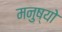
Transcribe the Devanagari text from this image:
मनुष्‍यो